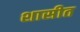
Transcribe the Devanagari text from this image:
शासीत